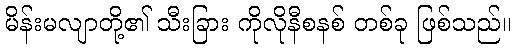
မိန်းမလျာတို့၏ သီးခြား ကိုလိုနီစနစ် တစ်ခု ဖြစ်သည်။